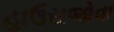
હાઉસજોવા